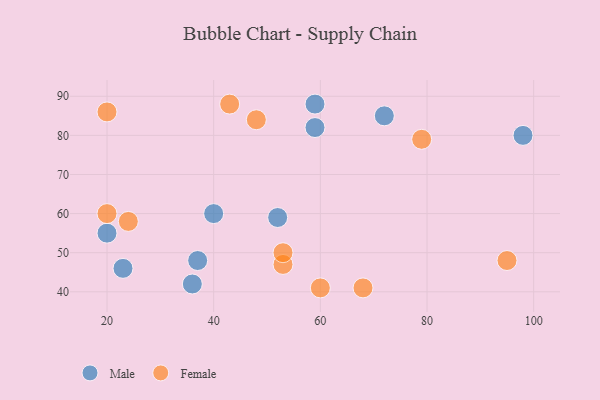
{"axis": {"x": "GDP", "y": "Life Expectancy"}, "legend": ["Female", "Male"], "data": [{"x": "52", "y": 59, "type": "Male"}, {"x": "36", "y": 42, "type": "Male"}, {"x": "59", "y": 82, "type": "Male"}, {"x": "23", "y": 46, "type": "Male"}, {"x": "20", "y": 55, "type": "Male"}, {"x": "59", "y": 88, "type": "Male"}, {"x": "37", "y": 48, "type": "Male"}, {"x": "40", "y": 60, "type": "Male"}, {"x": "72", "y": 85, "type": "Male"}, {"x": "98", "y": 80, "type": "Male"}, {"x": "60", "y": 41, "type": "Female"}, {"x": "95", "y": 48, "type": "Female"}, {"x": "68", "y": 41, "type": "Female"}, {"x": "24", "y": 58, "type": "Female"}, {"x": "53", "y": 47, "type": "Female"}, {"x": "20", "y": 86, "type": "Female"}, {"x": "79", "y": 79, "type": "Female"}, {"x": "43", "y": 88, "type": "Female"}, {"x": "53", "y": 50, "type": "Female"}, {"x": "20", "y": 60, "type": "Female"}, {"x": "48", "y": 84, "type": "Female"}]}